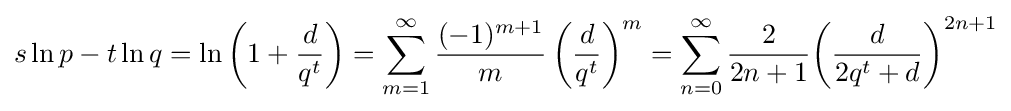
s\ln p-t\ln q=\ln \left(1+{\frac {d}{q^{t}}}\right)=\sum _{m=1}^{\infty }{\frac {(-1)^{m+1}}{m}}\left({\frac {d}{q^{t}}}\right)^{m}=\sum _{n=0}^{\infty }{\frac {2}{2n+1}}{\left({\frac {d}{2q^{t}+d}}\right)}^{2n+1}